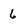
Character: 6